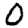
Digit: 0